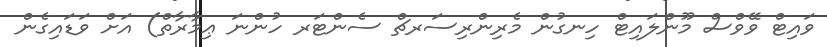
ވައިޓް ވޭވްސް މޫންލައިޓް ހިނގުން މެރިންރިސަރޗް ސެންޓަރ ހުންނަ ޢިމާރާތް) އަށް ވަޑައިގެން